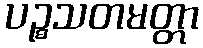
ပဉ္စသတမတ္တာ